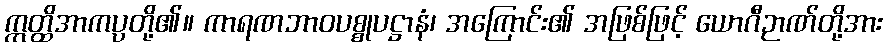
ဣတ္ထိအာကပ္ပတို့၏။ ကာရဏဘာဝပစ္စုပဋ္ဌာနံ၊ အကြောင်း၏ အဖြစ်ဖြင့် ယောဂီဉာဏ်တို့အား